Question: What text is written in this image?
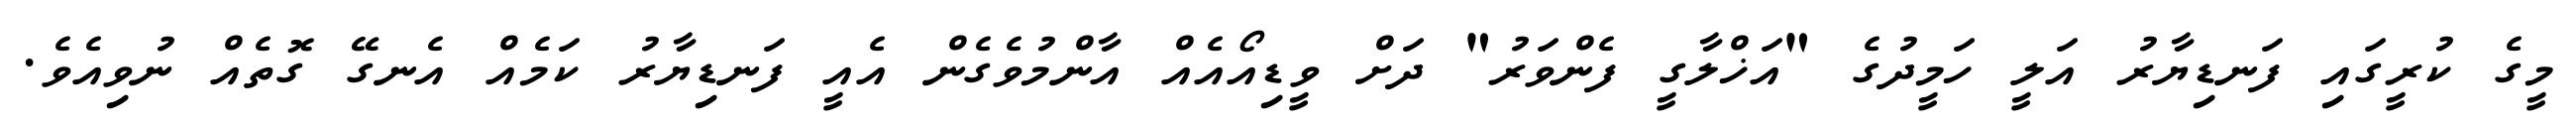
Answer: މީގެ ކުރީގައި ފަނޑިޔާރު އަލީ ހަމީދުގެ "އަޚްލާގީ ފެންވަރު" ދަށް ވީޑިއޯއެއް އާންމުވެގެން އެއީ ފަނޑިޔާރު ކަމެއް އެނގޭ ގޮތެއް ނުވިއެވެ.